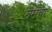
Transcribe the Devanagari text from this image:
तमंचा